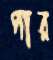
পার